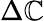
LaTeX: \Delta\mathbb{C}